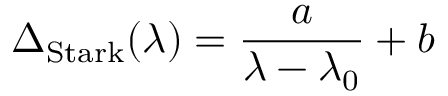
\Delta _ { \mathrm { S t a r k } } ( \lambda ) = \frac { a } { \lambda - \lambda _ { 0 } } + b